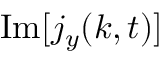
\operatorname { I m } [ j _ { y } ( k , t ) ]